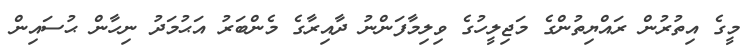
މީގެ އިތުރުން ރައްޔިތުންގެ މަޖިލީހުގެ ވިލިމާފަންނު ދާއިރާގެ މެންބަރު އަޙުމަދު ނިހާން ޙުސައިން